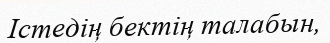
Істедің бектің талабын,